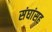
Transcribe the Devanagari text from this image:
संघांसह